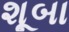
શૂબા